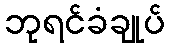
ဘုရင်ခံချုပ်